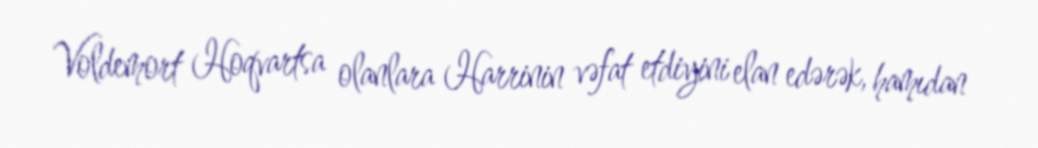
Voldemort Hoqvartsa olanlara Harrinin vəfat etdiyini elan edərək, hamıdan